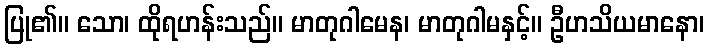
ပြု၏။ သော၊ ထိုရဟန်းသည်။ မာတုဂါမေန၊ မာတုဂါမနှင့်။ ဦဟသိယမာနော၊